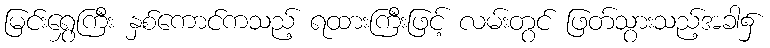
မြင်းရွှေကြီး နှစ်ကောင်ကသည့် ရထားကြီးဖြင့် လမ်းတွင် ဖြတ်သွားသည့်အခါ၌